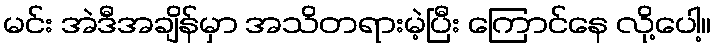
မင်း အဲဒီအချိန်မှာ အသိတရားမဲ့ပြီး ကြောင်နေ လို့ပေါ့။